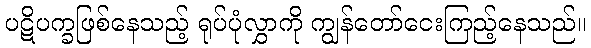
ပဋိပက္ခဖြစ်နေသည့် ရုပ်ပုံလွှာကို ကျွန်တော်ငေးကြည့်နေသည်။